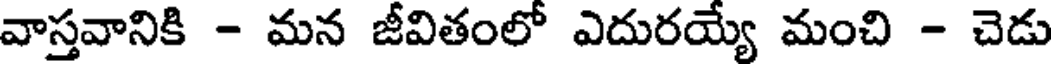
వాస్తవానికి - మన జీవితంలో ఎదురయ్యే మంచి - చెడు